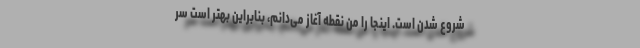
شروع شدن است. اینجا را من نقطه آغاز می‌دانم، بنابراین بهتر است سر